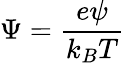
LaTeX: \Psi=\frac{e\psi}{k_{B}T}